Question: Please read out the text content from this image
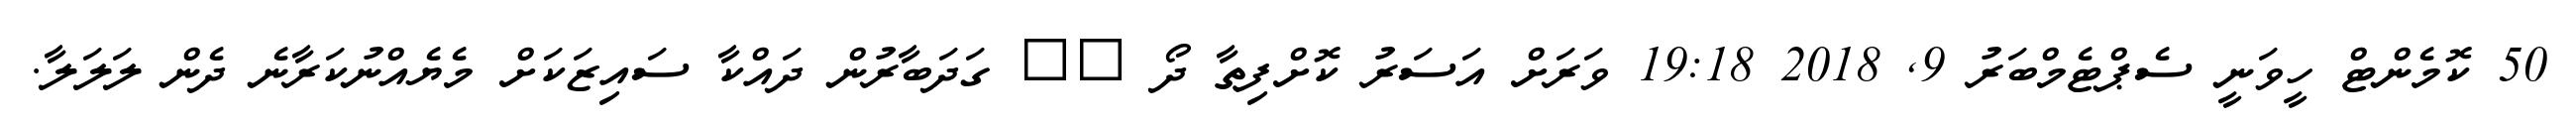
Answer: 50 ކޮމެންޓް ހީވަނީ ސެޕްޓެމްބަރު 9, 2018 19:18 ވަރަށް އަސަރު ކޮށްފިތާ ދޯ ?? ގަދަބާރުން ދައްކާ ސައިޒަކަށް މެޔެއްނުކަރާނެ ދެން ލަލަލާ.